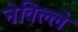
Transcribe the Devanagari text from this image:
नेविल्ले